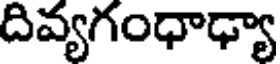
దివ్యగంధాఢ్యా